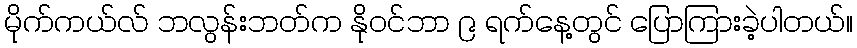
မိုက်ကယ်လ် ဘလွန်းဘတ်က နိုဝင်ဘာ ၉ ရက်နေ့တွင် ပြောကြားခဲ့ပါတယ်။